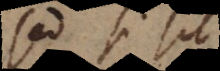
Sed si sit